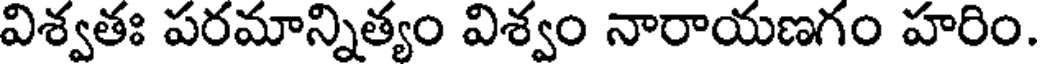
విశ్వతః పరమాన్నిత్యం విశ్వం నారాయణగం హరిం.